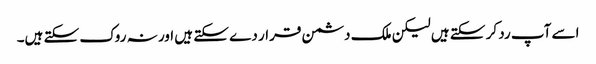
اسے آپ رد کر سکتے ہیں لیکن ملک دشمن قرار دے سکتے ہیں اور نہ روک سکتے ہیں۔